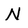
Character: N